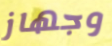
وجهاز